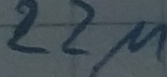
Text: 22µ